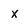
Character: x